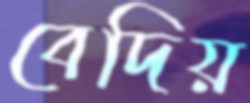
বেদিয়